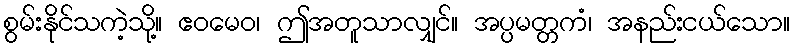
စွမ်းနိုင်သကဲ့သို့။ ဧဝမေဝ၊ ဤအတူသာလျှင်။ အပ္ပမတ္တကံ၊ အနည်းငယ်သော။